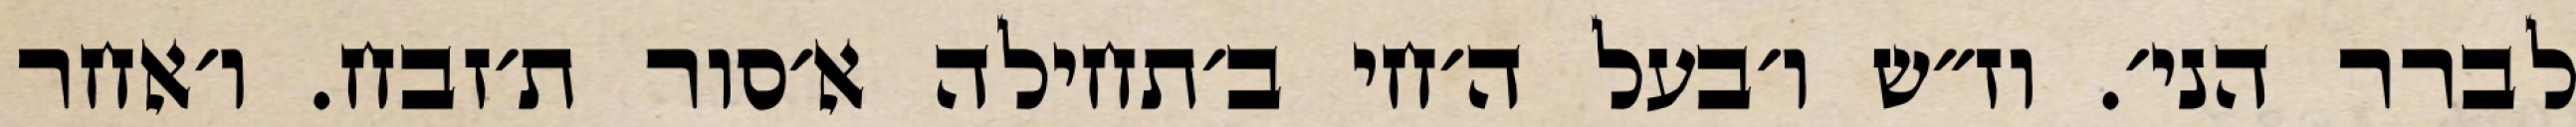
לברר הני׳. וז״ש ו׳בעל ה׳חי ב׳תחילה א׳סור ת׳זבח. ו׳אחר